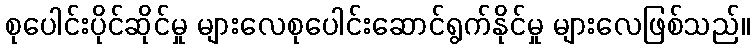
စုပေါင်းပိုင်ဆိုင်မှု များလေစုပေါင်းဆောင်ရွက်နိုင်မှု များလေဖြစ်သည်။